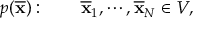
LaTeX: p ( { \overline { { \mathbf { x } } } } ) : \qquad { \overline { { \mathbf { x } } } } _ { 1 } , \cdots , { \overline { { \mathbf { x } } } } _ { N } \in V ,